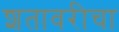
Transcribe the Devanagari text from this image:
शतावरीचा